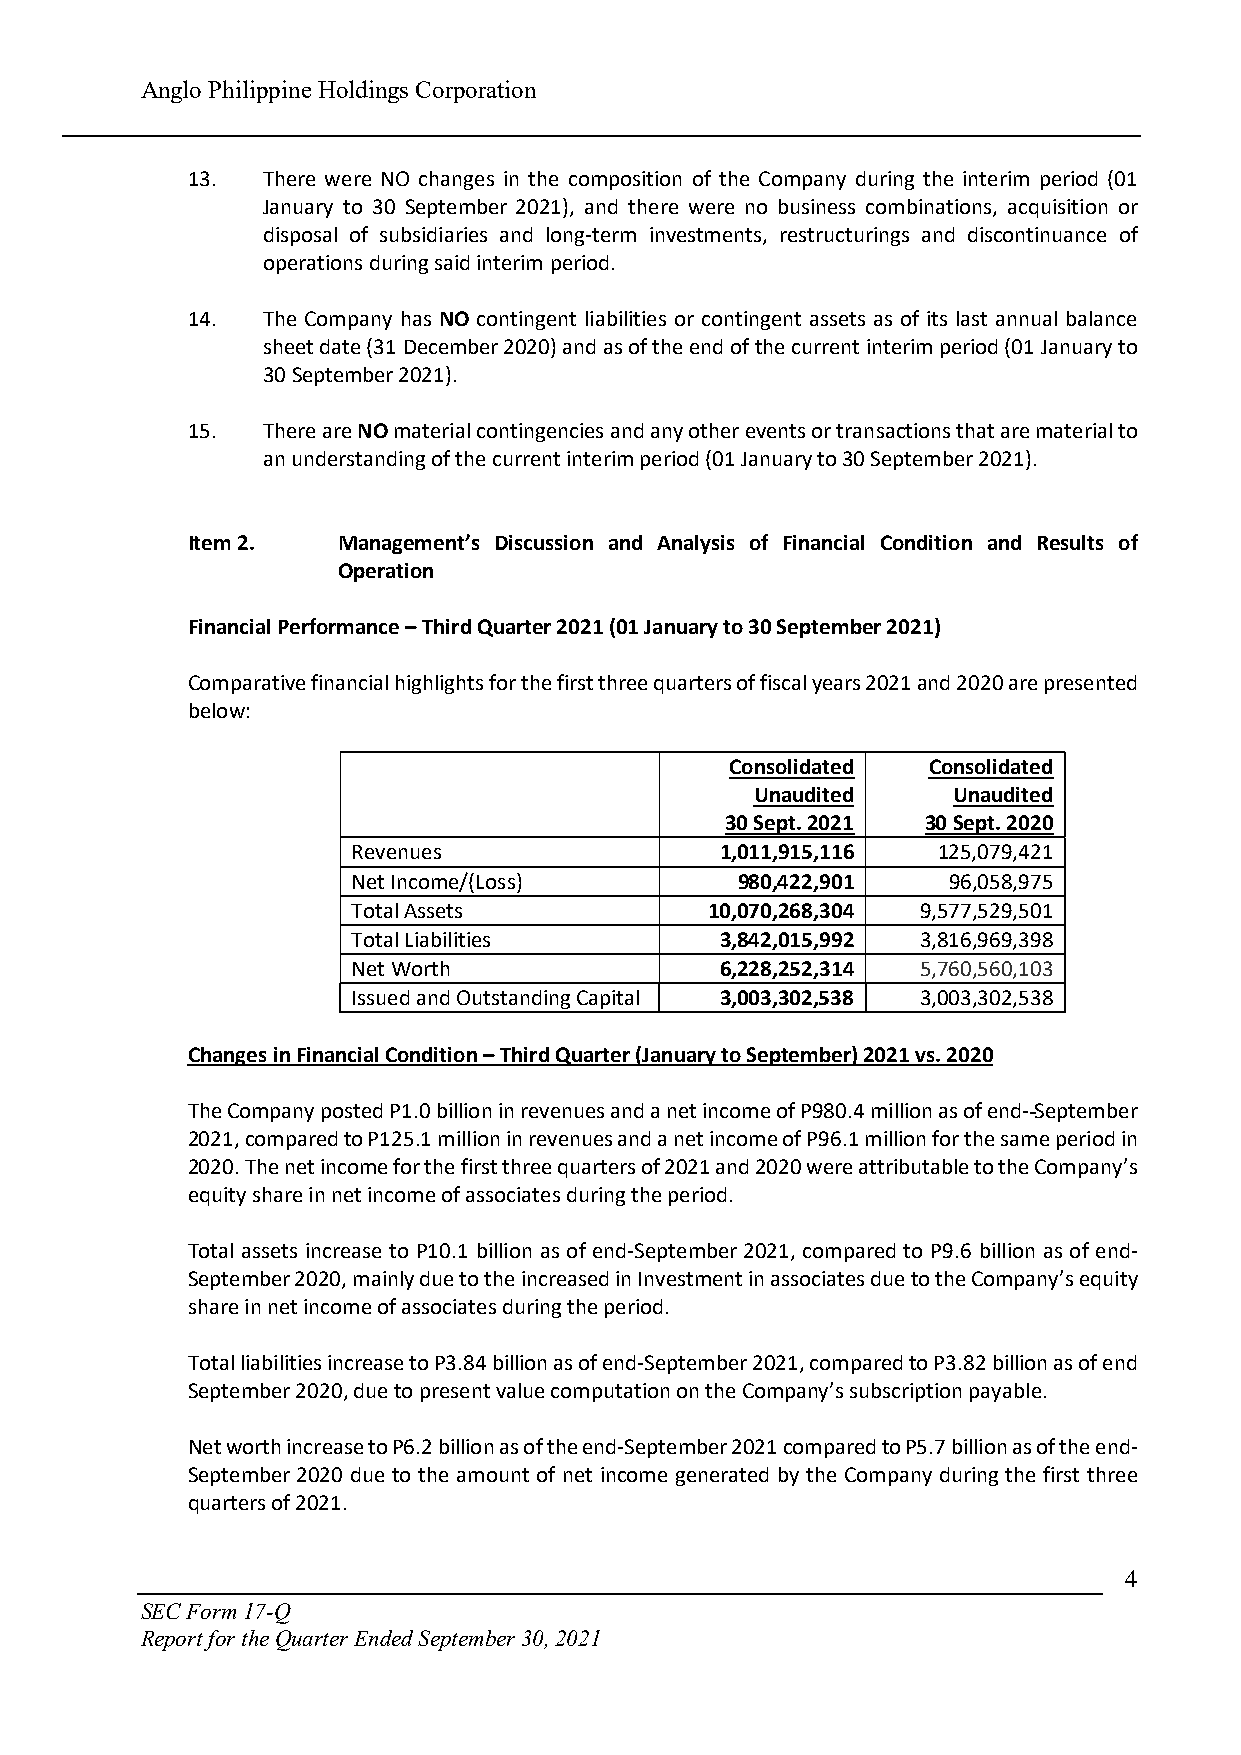
Anglo Philippine Holdings Corporation
 13.  There were NO changes in the composition of the Company during the interim period (01
 January to 30 September 2021), and there were no business combinations, acquisition or
 disposal of subsidiaries and long-term investments, restructurings and discontinuance of
 operations during said interim period.
 14.  The Company has NO contingent liabilities or contingent assets as of its last annual balance
 sheet date (31 December 2020) and as of the end of the current interim period (01 January to
 30 September 2021).
 15.  There are NO material contingencies and any other events or transactions that are material to
 an understanding of the current interim period (01 January to 30 September 2021).
 Item 2.   Management’s Discussion and Analysis of Financial Condition and Results of
 Operation
 Financial Performance – Third Quarter 2021 (01 January to 30 September 2021)
 Comparative financial highlights for the first three quarters of fiscal years 2021 and 2020 are presented
 below:
 Consolidated Consolidated
 Unaudited    Unaudited
 30 Sept. 2021 30 Sept. 2020
 Revenues                 1,011,915,116 125,079,421
 Net Income/(Loss)         980,422,901   96,058,975
 Total Assets            10,070,268,304 9,577,529,501
 Total Liabilities        3,842,015,992 3,816,969,398
 Net Worth                6,228,252,314 5,760,560,103
 Issued and Outstanding Capital 3,003,302,538 3,003,302,538
 Changes in Financial Condition – Third Quarter (January to September) 2021 vs. 2020
 The Company posted P1.0 billion in revenues and a net income of P980.4 million as of end- September
 2021, compared to P125.1 million in revenues and a net income of P96.1 million for the same period in
 2020. The net income for the first three quarters of 2021 and 2020 were attributable to the Company’s
 equity share in net income of associates during the period.
 Total assets increase to P10.1 billion as of end-September 2021, compared to P9.6 billion as of end-
 September 2020, mainly due to the increased in Investment in associates due to the Company’s equity
 share in net income of associates during the period.
 Total liabilities increase to P3.84 billion as of end-September 2021, compared to P3.82 billion as of end
 September 2020, due to present value computation on the Company’s subscription payable.
 Net worth increase to P6.2 billion as of the end-September 2021 compared to P5.7 billion as of the end-
 September 2020 due to the amount of net income generated by the Company during the first three
 quarters of 2021.
 4
 SEC Form 17-Q
 Report for the Quarter Ended September 30, 2021